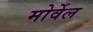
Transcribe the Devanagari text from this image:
मोर्वेल